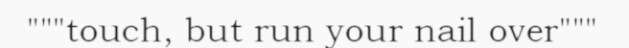
"""touch, but run your nail over"""